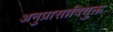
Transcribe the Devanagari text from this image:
अनुप्रासादियुक्त